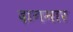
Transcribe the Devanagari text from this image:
दागमार